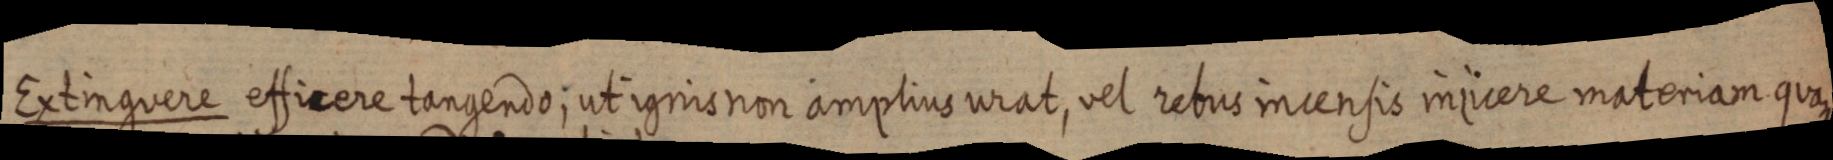
Extinguere efficere tangendo; ut ignis non amplius urat, vel rebus incensis iniicere materiam quam